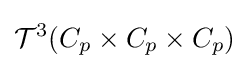
{\mathcal {T}}^{3}(C_{p}\times C_{p}\times C_{p})